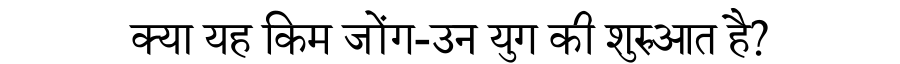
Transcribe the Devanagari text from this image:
क्या यह किम जोंग-उन युग की शुरुआत है?